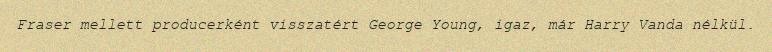
Fraser mellett producerként visszatért George Young, igaz, már Harry Vanda nélkül.